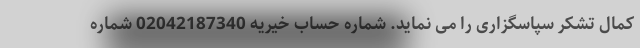
کمال تشکر سپاسگزاری را می نماید. شماره حساب خیریه 02042187340 شماره